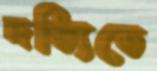
দত্যিতে